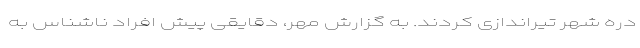
دره شهر تیراندازی کردند. به گزارش مهر، دقایقی پیش افراد ناشناس به